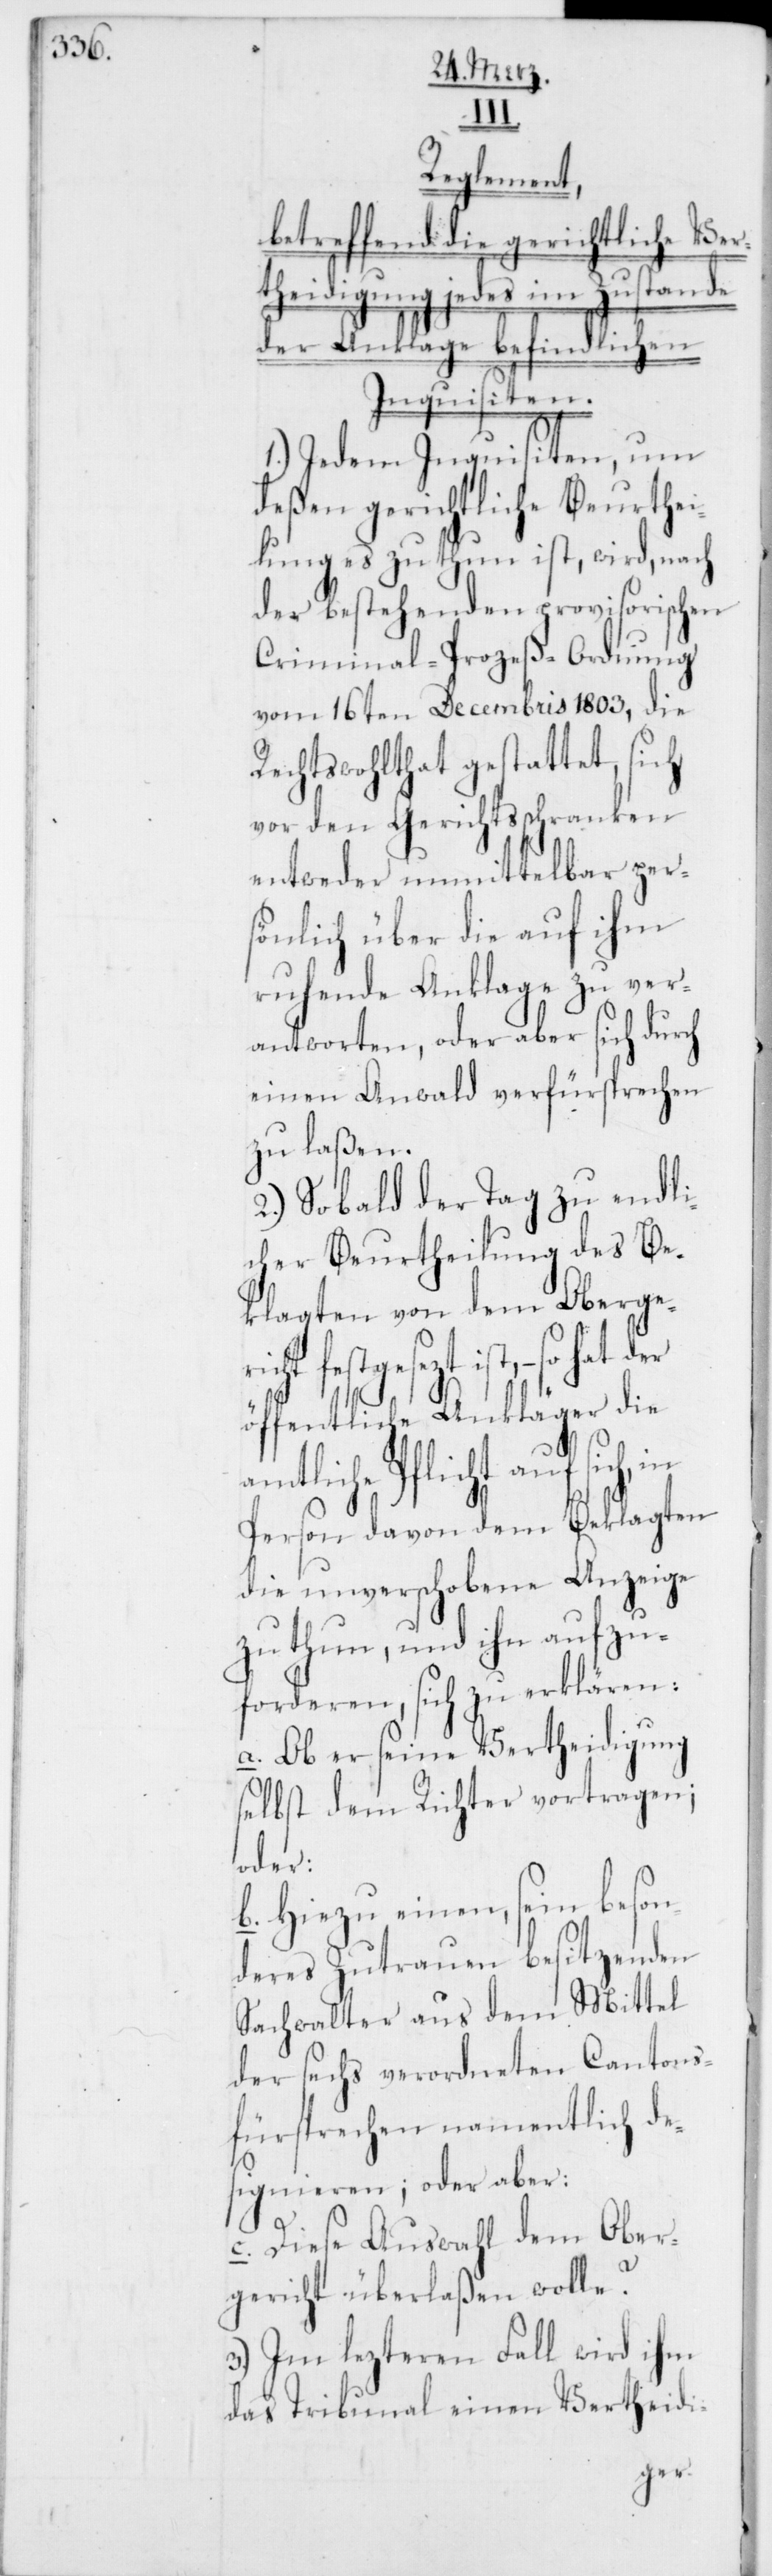
Reglement,
betreffend die gerichtliche Ver¬
theidigung jedes im Zustande
der Anklage befindlichen
Inquisiten.
1.) Jedem Inquisiten, um
deßen gerichtliche Beurthei¬
lung es zu thun ist, wird, nach
der bestehenden provisorischen
Criminal-Prozeß-Ordnung
vom 16ten Decembris 1803, die
Rechtswohlthat gestattet, sich
vor den Gerichtsschranken
entweder unmittelbar per¬
sönlich über die auf ihm
ruhende Anklage zu ver¬
antworten, oder aber sich durch
einen Anwalt verfürsprechen
zu laßen.
2.) Sobald der Tag zu endli¬
cher Beurtheilung des Be¬
klagten von dem Obergeri¬
– so hat der
öffentliche Ankläger die
amtliche Pflicht auf sich, in
Person davon dem Beklagten
die unverschobene Anzeige
zu thun, und ihn aufzu¬
forderen, sich zu erklären:
a. Ob er seine Vertheidigung
selbst dem Richter vortragen;
oder:
b. Hiezu einen, sein beson¬
deres Zutrauen besitzenden
Sachwalter aus dem Mittel
der sechs verordneten Cantons¬
fürsprechen namentlich de¬
signieren; oder aber:
c. Diese Auswahl dem Ober¬
gericht überlaßen wolle?
3.) Im lezteren Fall wird ihm
das Tribunal einen Vertheidi-